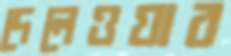
দেলেওয়ার